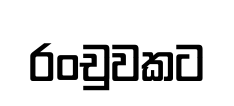
රංචුවකට